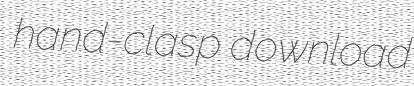
hand-clasp download